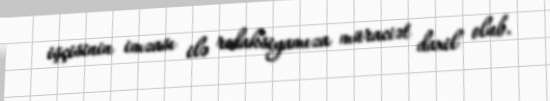
işçisinin imzası ilə redaksiyamıza müraciət daxil olub.